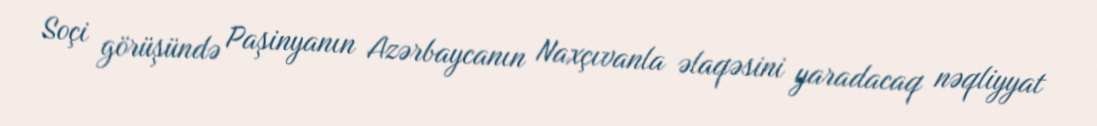
Soçi görüşündə Paşinyanın Azərbaycanın Naxçıvanla əlaqəsini yaradacaq nəqliyyat